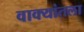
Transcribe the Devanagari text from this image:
वाक्यांतला